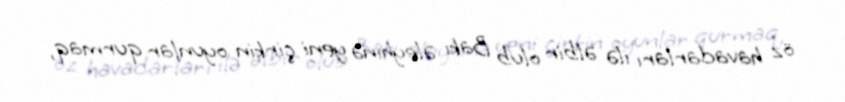
öz havadarları ilə əlbir olub Bakı əleyhinə yeni çirkin oyunlar qurmaq,